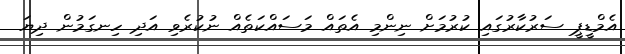
އެމްޑީޕީ ސަރުކާރުގައި ކުރުމަށް ނިިންމި އެތައް މަސައްކަތެއް ނުކުރެވި އަދި ހިނގަމުން ދިޔަ